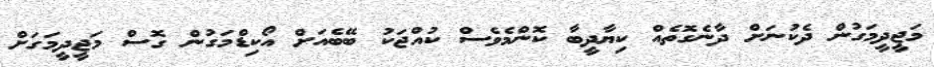
މަޖީދީމަގުން ދެކުނަށް ދާނެގޮތެއް ކިޔާދީބާ ކޮންމެވެސް ކުއްޖަކު ބޭބެއަށް އޯކިޑްމަގުން ގޮސް މަޖީދީމަގަށް